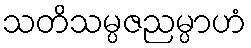
သတိသမ္ပဇညမ္ပာဟံ